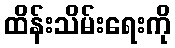
ထိန်းသိမ်းရေးကို